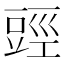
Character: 𧯬